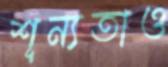
শূন্যতাও